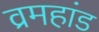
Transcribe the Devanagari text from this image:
व्रमहांड